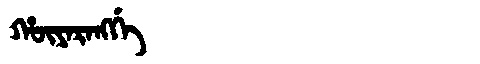
Manchu: ᡥᡡᠶᠠᡵᠠᠩᡤᡝ
Romanization: HŪYARANGGE